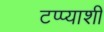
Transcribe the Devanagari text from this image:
टप्प्याशी